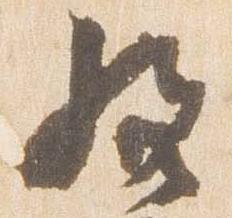
経